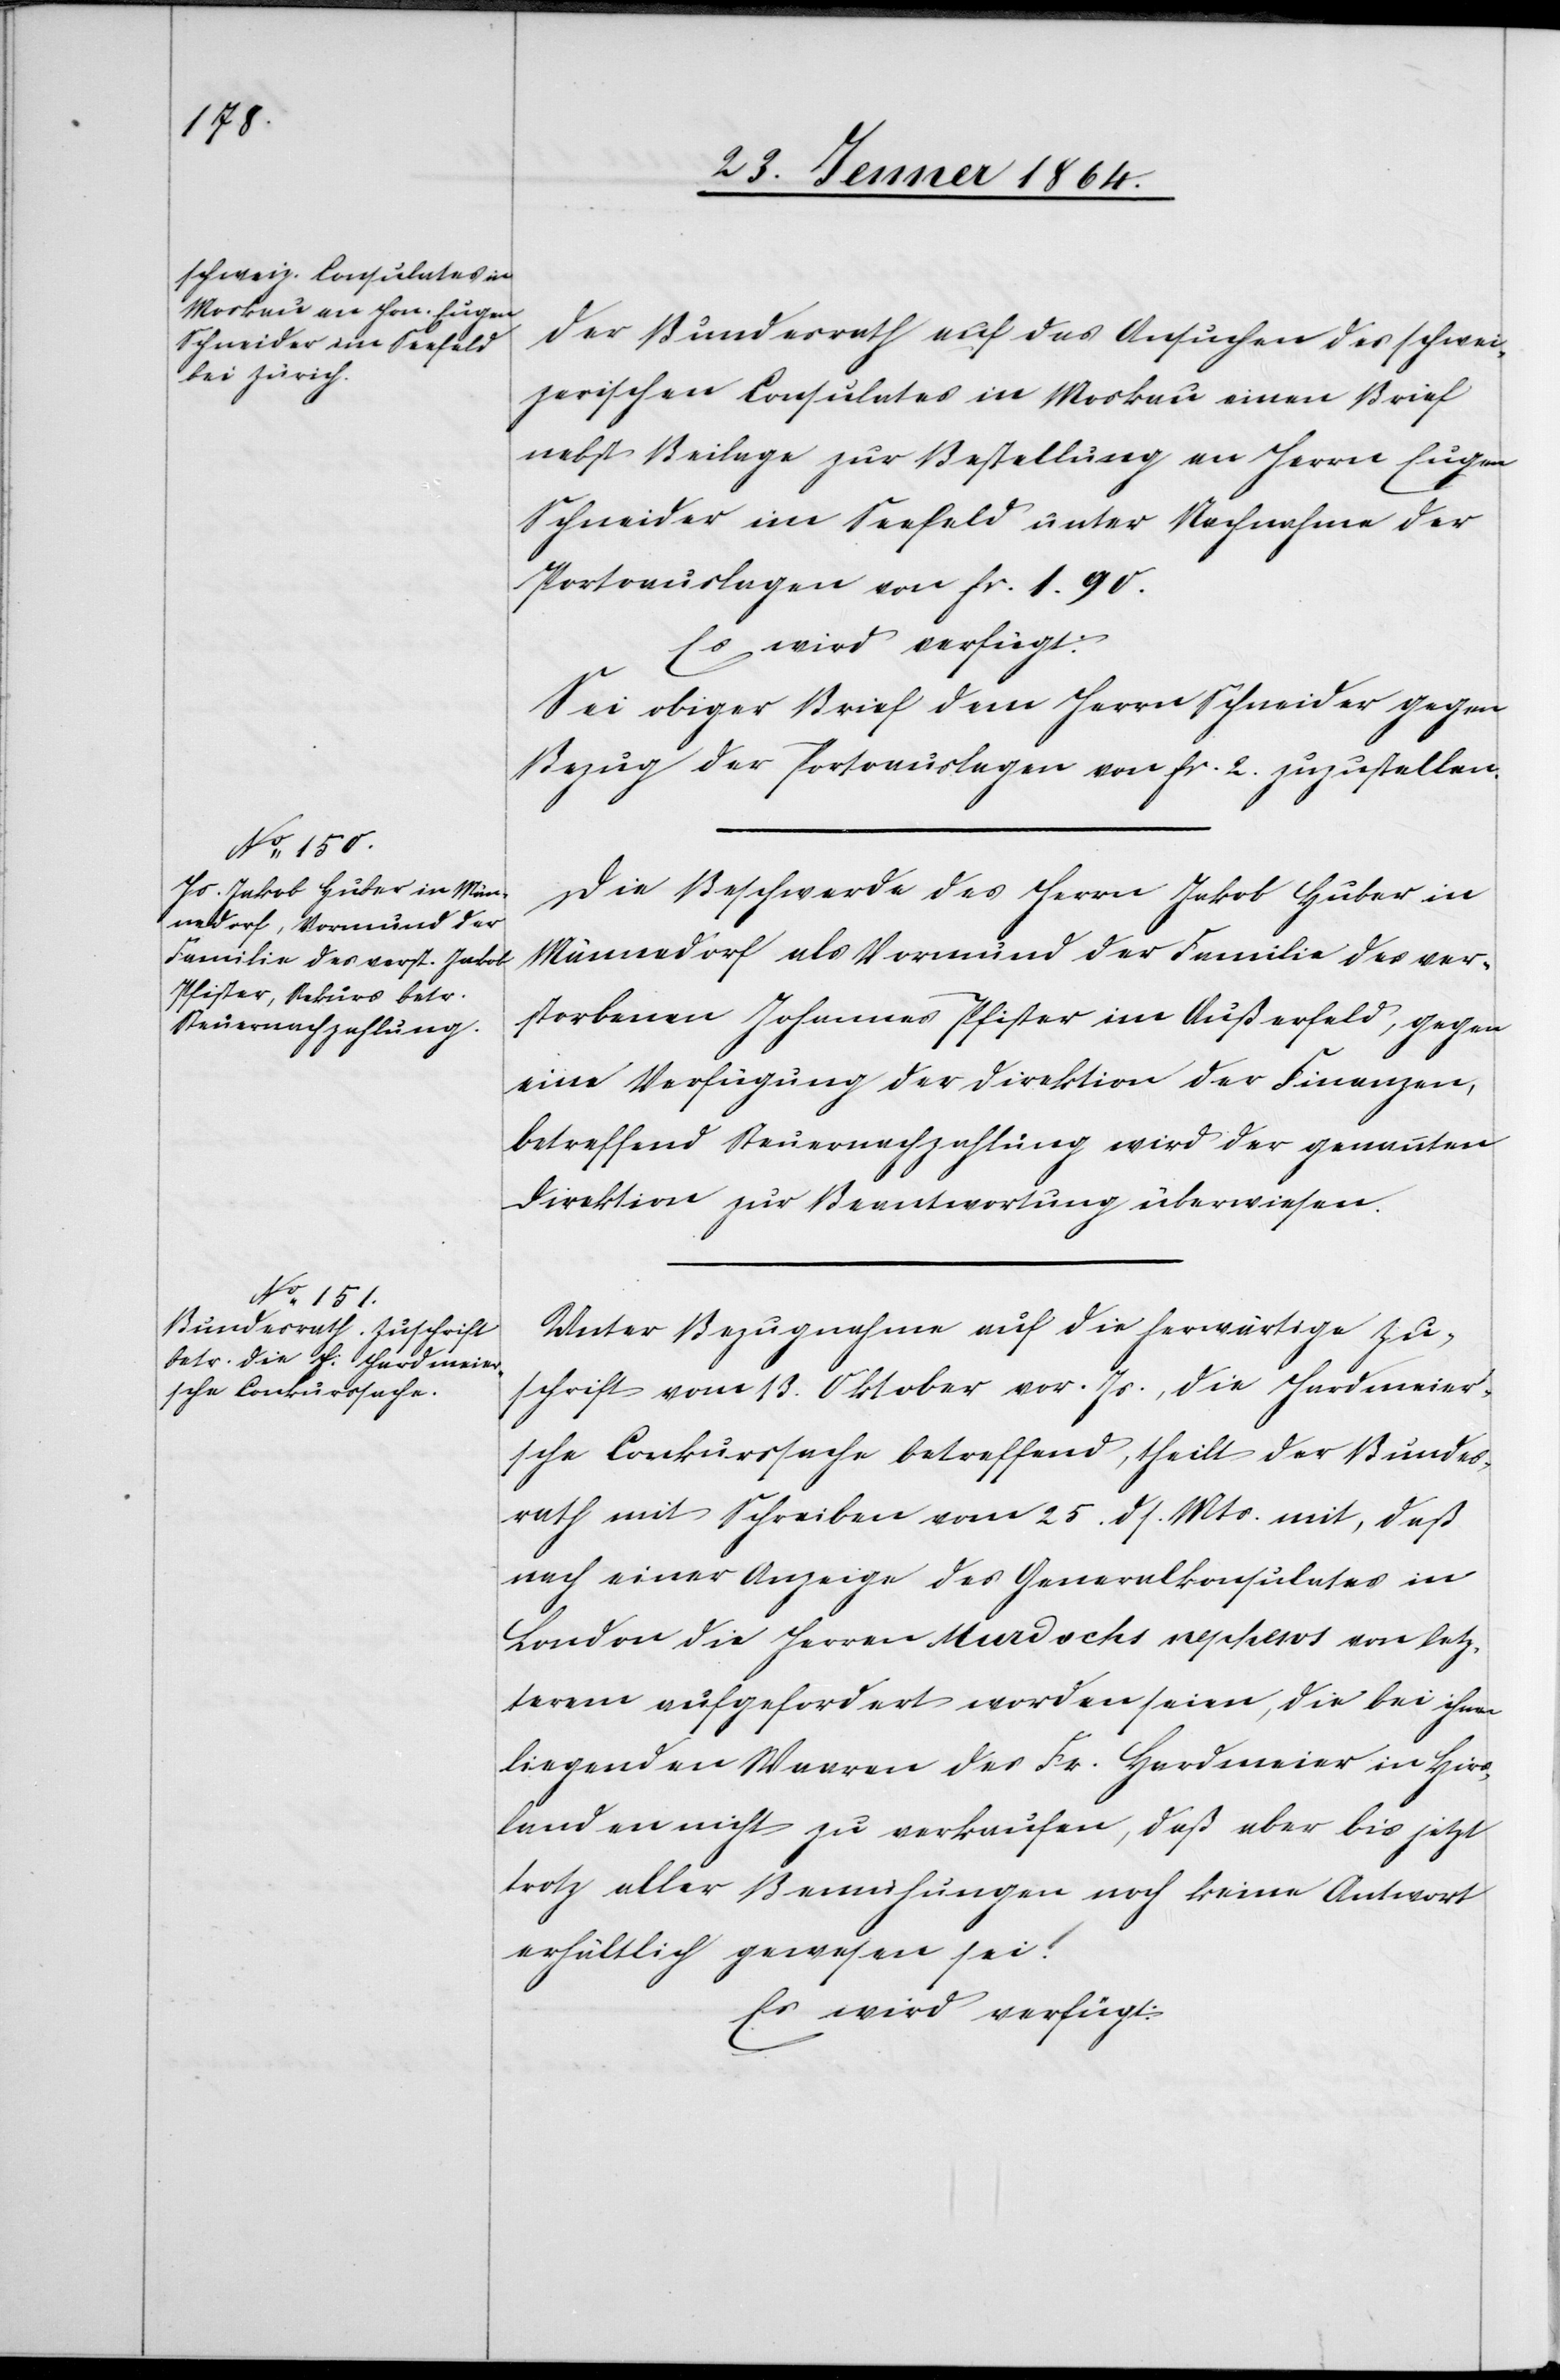
28. Jenner 1864.]
der Bundesrath auf das Ansuchen des schwei¬
zerischen Consulates in Moskau einen Brief
nebst Beilage zur Bestellung an Herrn
Schneider im Seefeld unter Nachnahme der
Portoauslagen von fr. 1. 90.
Es wird verfügt:
Sei obiger Brief dem Herrn Schneider gegen
Bezug der Portoauslagen von fr. 2. zuzustellen.
Die Beschwerde des Herrn Jakob Huber in
Männedorf als Vormund der Familie des ver¬
storbenen Johannes [sic!] Pfister im Außerfeld, gegen
eine Verfügung der Direktion der Finanzen,
betreffend Steuernachzahlung wird der genannten
Direktion zur Beantwortung überwiesen.
Unter Bezugnahme auf die herwärtige Zu¬
schrift vom 13. Oktober vor. Js., die Hardmeier¬
sche Conkurssache betreffend, theilt der Bundes¬
rath mit Schreiben vom 25. ds. Mts mit, daß
nach einer Anzeige des Generalkonsulates in
London die Herren Murdochs nephews von letz¬
terem aufgefordert worden seien, die bei ihm
liegenden Waaren des Fr. Hardmeier in Hirs¬
landen nicht zu verkaufen, daß aber bis jetzt
trotz aller Bemühungen noch keine Antwort
erhältlich gewesen sei.
Es wird verfügt: